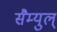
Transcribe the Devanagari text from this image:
सैम्युल्